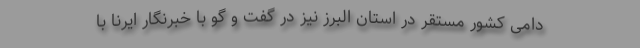
دامی کشور مستقر در استان البرز نیز در گفت و گو با خبرنگار ایرنا با